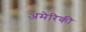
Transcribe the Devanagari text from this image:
अमेरिकी